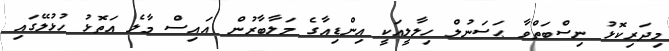
މިދަރިކޮޅު ނިސްބަތްވާ ޙަސަނުލް ހިލާލީއަކީ އިންޑިއާގެ މަލާބާރުން އައިސް މާލެ އަތޮޅު ހުޅުލޭގައި